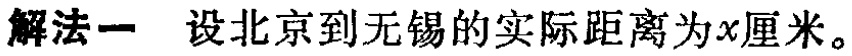
解法一 设北京到无锡的实际距离为\(x\)厘米。